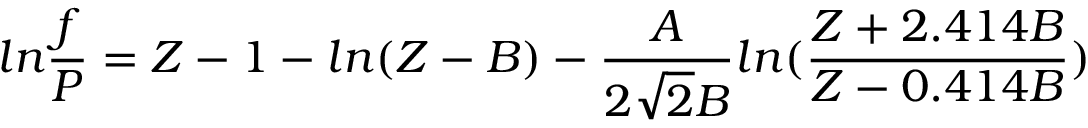
l n \frac { f } { P } = Z - 1 - l n ( Z - B ) - \frac { A } { 2 \sqrt { 2 } B } l n ( \frac { Z + 2 . 4 1 4 B } { Z - 0 . 4 1 4 B } )